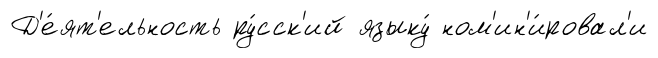
Д'е́ят'ельность ру́сск'ий языку́ ном'ин'и́ровал'и